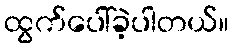
ထွက်ပေါ်ခဲ့ပါတယ်။